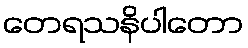
တေရသနိပါတော